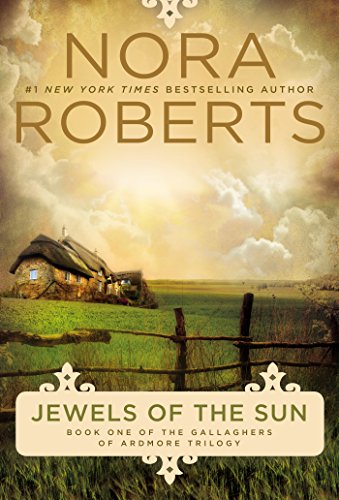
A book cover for Jewels of the Sun: Gallaghers of Ardmore Trilogy; Nora Roberts; Literature & Fiction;